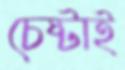
চেষ্টাই